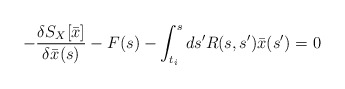
\begin{align*}-{\delta S_X[\bar x]\over \delta \bar x(s)} - F(s) - \int_{t_i}^sds' R(s,s') \bar x(s') = 0 \end{align*}